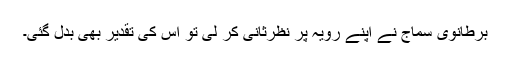
برطانوی سماج نے اپنے رویہ پر نظرثانی کر لی تو اس کی تقدیر بھی بدل گئی۔